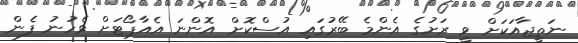
ނަތީޖާއަކަށް ވީ ރަށުގެ އެންމެ ބޭރުގައި އުސްކޮށް އޮންނަ އެއާޕޯޓަށް ވެހުނު ފެން